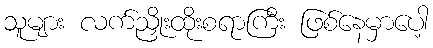
သူများ လက်ညှိုးထိုးစရာကြီး ဖြစ်နေမှာပေါ့